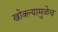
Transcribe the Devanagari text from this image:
खोक्ल्यामुळेच